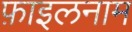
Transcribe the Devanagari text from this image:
फ़ाइलनाम